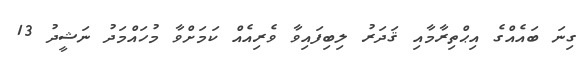
ގިނަ ބައެއްގެ އިޙްތިރާމާއި ޤަދަރު ލިބިފައިވާ ވެރިއެއް ކަމަށްވާ މުހައްމަދު ނަޝީދު 13